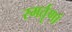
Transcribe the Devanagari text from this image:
स्मर्तॄणां